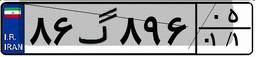
۸۶گ۸۹۶۰۵